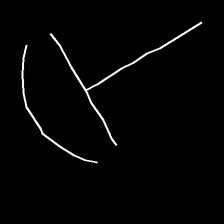
Glyph: dispersion